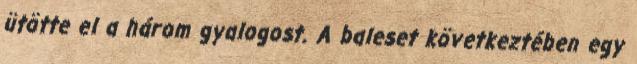
ütötte el a három gyalogost. A baleset következtében egy